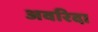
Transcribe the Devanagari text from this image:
अवरिदा